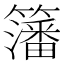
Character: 籓